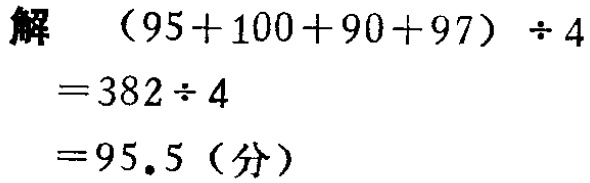
解
\[
\begin{align*}
&(95 + 100 + 90 + 97)\div4\\
=&382\div4\\
=&95.5(\text{分})
\end{align*}
\]